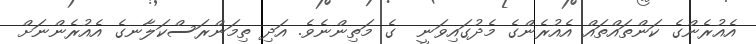
އެއުރެންގެ ކަންތައްތައް އެއުރެންގެ މެދުގައިވަނީ  ގެ މަތިންނެވެ. އަދި ތިމަންރަސްކަލާނގެ އެއުރެންނަށް